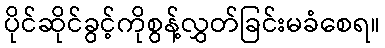
ပိုင်ဆိုင်ခွင့်ကိုစွန့်လွှတ်ခြင်းမခံစေရ။